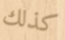
كذلك